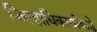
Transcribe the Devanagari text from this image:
जिल्हाधिकार्यांकडे